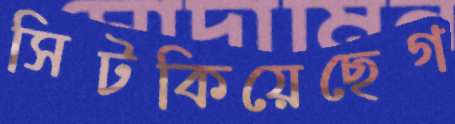
সিটকিয়েছেগ